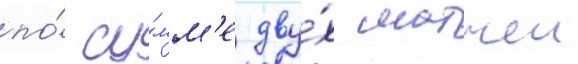
по́ су́мм'е дву́х матчеи